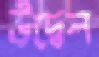
উদ্বেল